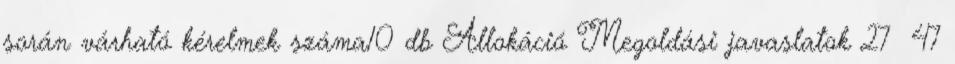
során várható kérelmek száma10 db Allokáció Megoldási javaslatok 27 47